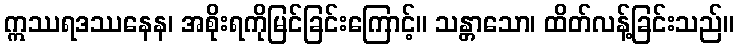
ဣဿရဒဿနေန၊ အစိုးရကိုမြင်ခြင်းကြောင့်။ သန္တာသော၊ ထိတ်လန့်ခြင်းသည်။